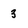
Character: 3